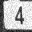
Digit: 4